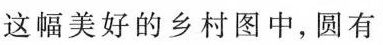
这幅美好的乡村图中，圆有